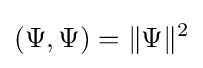
(\Psi ,\Psi )=\|\Psi \|^{2}